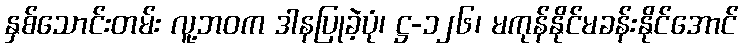
နှစ်သောင်းတမ်း လူ့ဘဝက ဒါနပြုခဲ့ပုံ၊ ဋ္ဌ-၁၂၆၊ မကုန်နိုင်မခန်းနိုင်အောင်